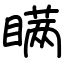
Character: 瞒